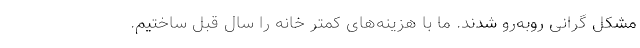
مشکل گرانی روبه‌رو شدند. ما با هزینه‌های کمتر خانه را سال قبل ساختیم.